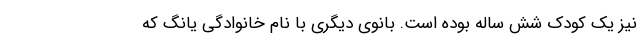
نیز یک کودک شش ساله بوده است. بانوی دیگری با نام خانوادگی یانگ که